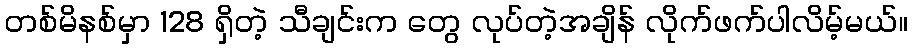
တစ်မိနစ်မှာ 128 ရှိတဲ့ သီချင်းက တွေ လုပ်တဲ့အချိန် လိုက်ဖက်ပါလိမ့်မယ်။